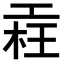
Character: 𣒳